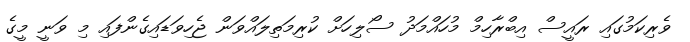
ވެރިކަމުގައި ރައީސް އިބްރާހިމް މުހައްމަދު ސޯލިހަށް ކުރިމަތިލައްވަން ޖެހިވަޑައިގެންފައި މި ވަނީ މީގެ